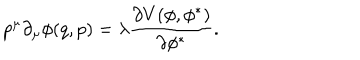
p ^ { \mu } \partial _ { \mu } \phi ( q , p ) = \lambda \frac { \partial V ( \phi , \phi ^ { \ast } ) } { \partial \phi ^ { \ast } } .